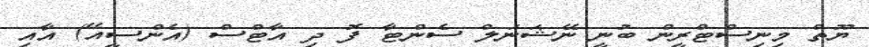
ޔޫތް މިނިސްޓްރީން ބުނީ ނޭޝަނަލް ސެންޓާ ފޮ ދި އާޓްސް (އެންސީއޭ) އާއި